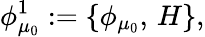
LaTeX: \phi_{\mu_{0}}^{1}:=\{ \phi_{\mu_{0}},\, H\} ,